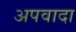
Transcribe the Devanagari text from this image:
अपवादा